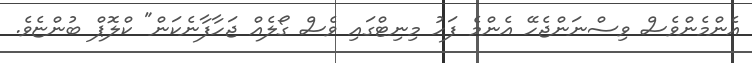
އެންމެންވެސް ވިސްނަންޖެހޭ އެންމެ ފަހު މިނިޓްގައި ވެސް ގޯލެއް ޖަހާފާނެކަން" ކްލޮޕް ބުންޏެވެ.